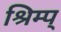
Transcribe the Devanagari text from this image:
श्रिम्प्